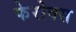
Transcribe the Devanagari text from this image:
फेरोक्स